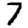
Digit: 7